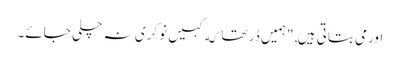
اورمی بتاتی ہیں, "ہمیں ڈر تھا که کہیں نوکری نہ چلی جائے۔